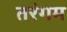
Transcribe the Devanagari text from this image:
तरंगम